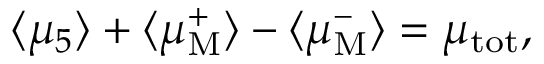
\langle \mu _ { 5 } \rangle + \langle \mu _ { \mathrm { M } } ^ { + } \rangle - \langle \mu _ { \mathrm { M } } ^ { - } \rangle = \mu _ { \mathrm { t o t } } ,